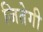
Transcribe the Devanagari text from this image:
जितेगी